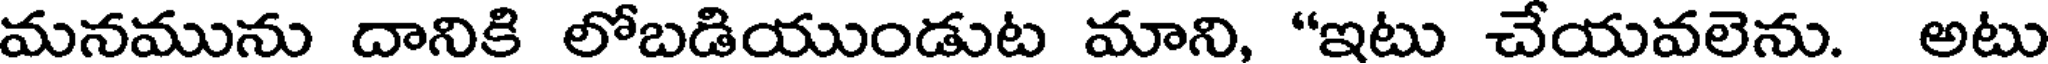
మనమును దానికి లోబడియుండుట మాని, "ఇటు చేయవలెను. అటు